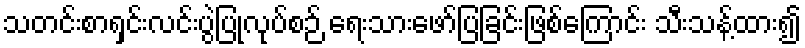
သတင်းစာရှင်းလင်းပွဲပြုလုပ်စဉ် ရေးသားဖော်ပြခြင်းဖြစ်ကြောင်း သီးသန့်ထား၍